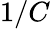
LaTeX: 1/C